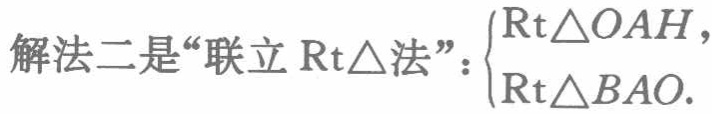
解法二是“联立$\mathrm{Rt}\triangle$法”：$\begin{cases}\mathrm{Rt}\triangle OAH,\\\mathrm{Rt}\triangle BAO.\end{cases}$